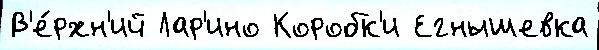
В'е́рхн'ий Лар'ино Коробк'и Егнышевка